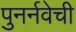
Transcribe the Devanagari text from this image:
पुनर्नवेची